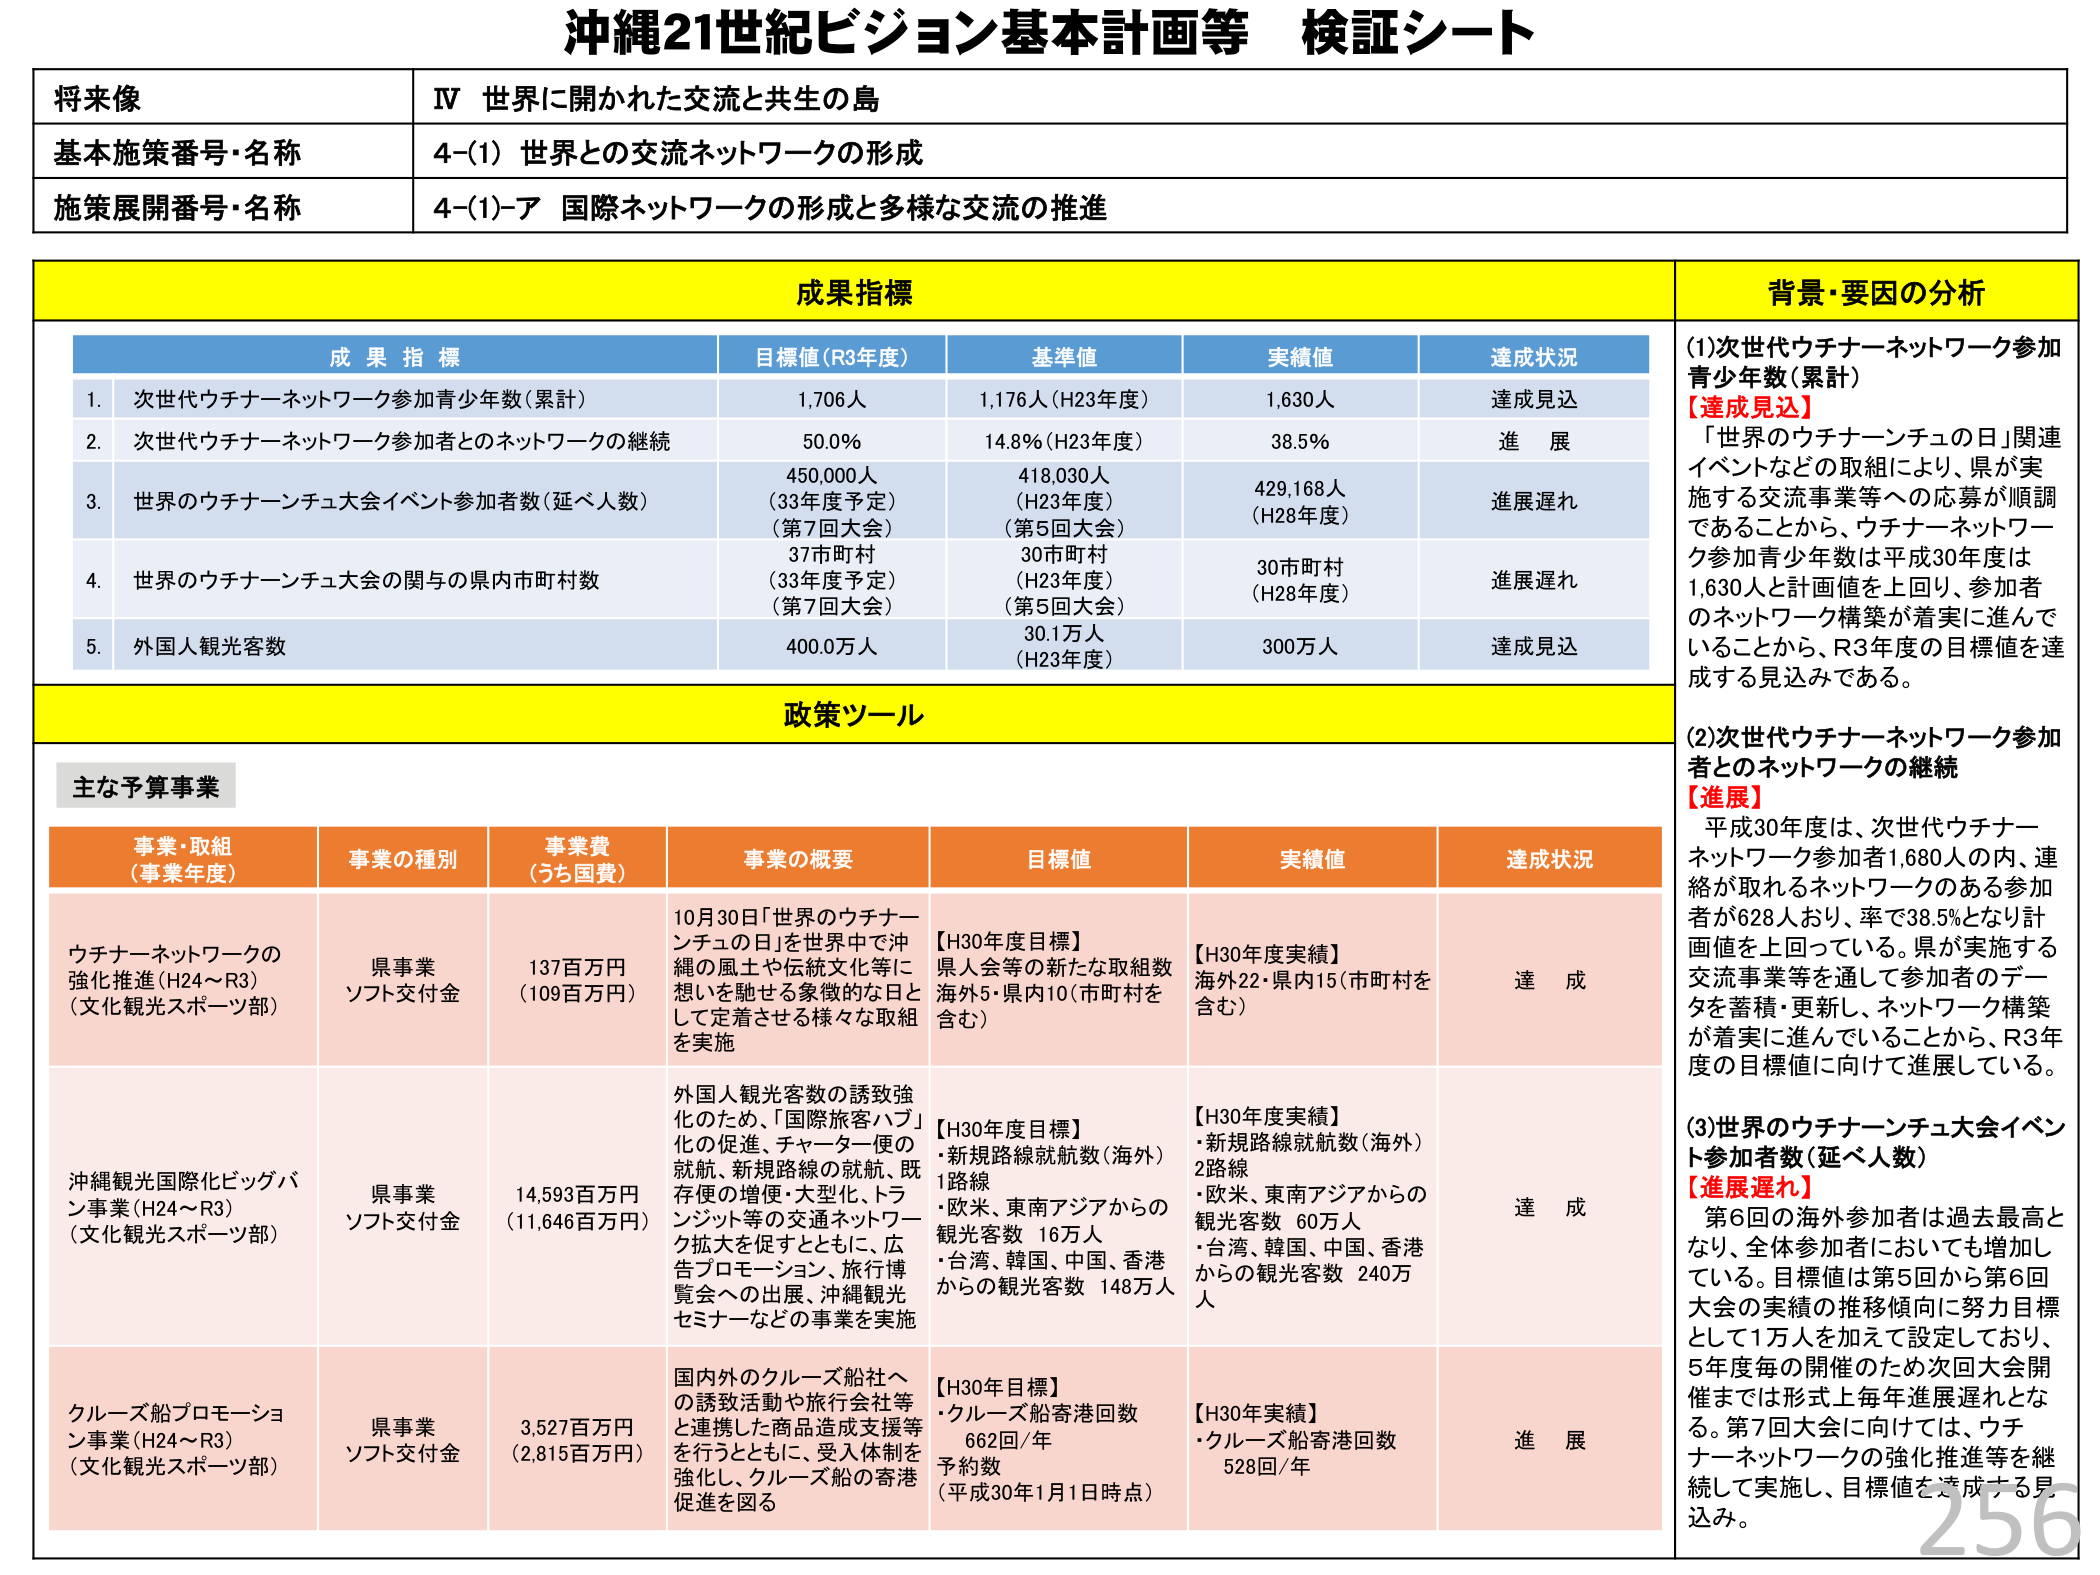
沖縄21世紀ビジョン基本計画等 検証シート

将来像
IV 世界に開かれた交流と共生の島

基本施策番号・名称
4-(1) 世界との交流ネットワークの形成

施策展開番号・名称
4-(1)-ア 国際ネットワークの形成と多様な交流の推進

成果指標

成果指標
目標値(R3年度)
基準値
実績値
達成状況

1. 次世代ウチナーネットワーク参加青少年数(累計)
1,706人
1,176人(H23年度)
1,630人
達成見込

2. 次世代ウチナーネットワーク参加者とのネットワークの継続
50.0%
14.8%(H23年度)
38.5%
進 展

3. 世界のウチナーンチュ大会イベント参加者数(延べ人数)
450,000人
(33年度予定)
(第7回大会)
418,030人
(H23年度)
(第5回大会)
429,168人
(H28年度)
進展遅れ

4. 世界のウチナーンチュ大会の関与の県内市町村数
37市町村
(33年度予定)
(第7回大会)
30市町村
(H23年度)
(第5回大会)
30市町村
(H28年度)
進展遅れ

5. 外国人観光客数
400.0万人
30.1万人
(H23年度)
300万人
達成見込

背景・要因の分析

(1)次世代ウチナーネットワーク参加青少年数(累計)
【達成見込】
「世界のウチナーンチュの日」関連イベントなどの取組により、県が実施する交流事業等への応募が順調であることから、ウチナーネットワーク参加青少年数は平成30年度は1,630人と計画値を上回り、参加者のネットワーク構築が着実に進んでいることから、R3年度の目標値を達成する見込みである。

(2)次世代ウチナーネットワーク参加者とのネットワークの継続
【進展】
平成30年度は、次世代ウチナーネットワーク参加者1,680人の内、連絡が取れるネットワークのある参加者が628人おり、率で38.5%となり計画値を上回っている。県が実施する交流事業等を通して参加者のデータを蓄積・更新し、ネットワーク構築が着実に進んでいることから、R3年度の目標値に向けて進展している。

(3)世界のウチナーンチュ大会イベント参加者数(延べ人数)
【進展遅れ】
第6回の海外参加者は過去最高となり、全体参加者においても増加している。目標値は第5回から第6回大会の実績の推移傾向に努力目標として1万人を加えて設定しており、5年度毎の開催のため次回大会開催までは形式上毎年進展遅れとなる。第7回大会に向けては、ウチナーネットワークの強化推進等を継続して実施し、目標値を達成する見込み。

政策ツール

主な予算事業

事業・取組
(事業年度)
事業の種別
事業費
(うち国費)
事業の概要
目標値
実績値
達成状況

ウチナーネットワークの強化推進(H24～R3)
(文化観光スポーツ部)
県事業
ソフト交付金
137百万円
(109百万円)
10月30日「世界のウチナーンチュの日」を世界中で沖縄の風土や伝統文化等に想いを馳せる象徴的な日として定着させる様々な取組を実施
【H30年度目標】
県人会等の新たな取組数 海外5・県内10(市町村を含む)
【H30年度実績】
海外22・県内15(市町村を含む)
達 成

沖縄観光国際化ビッグバン事業(H24～R3)
(文化観光スポーツ部)
県事業
ソフト交付金
14,593百万円
(11,646百万円)
外国人観光客数の誘致強化のため、「国際旅客ハブ」化の促進、チャーター便の就航、新規路線の就航、既存便の増便・大型化、トランジット等の交通ネットワーク拡大を促すとともに、広告プロモーション、旅行博覧会への出展、沖縄観光セミナーなどの事業を実施
【H30年度目標】
・新規路線就航数(海外) 1路線
・欧米、東南アジアからの観光客数 16万人
・台湾、韓国、中国、香港からの観光客数 148万人
【H30年度実績】
・新規路線就航数(海外) 2路線
・欧米、東南アジアからの観光客数 60万人
・台湾、韓国、中国、香港からの観光客数 240万人
達 成

クルーズ船プロモーション事業(H24～R3)
(文化観光スポーツ部)
県事業
ソフト交付金
3,527百万円
(2,815百万円)
国内外のクルーズ船社への誘致活動や旅行会社等と連携した商品造成支援等を行うとともに、受入体制を強化し、クルーズ船の寄港促進を図る
【H30年目標】
・クルーズ船寄港回数 662回/年
予約数
(平成30年1月1日時点)
【H30年実績】
・クルーズ船寄港回数 528回/年
進 展

256